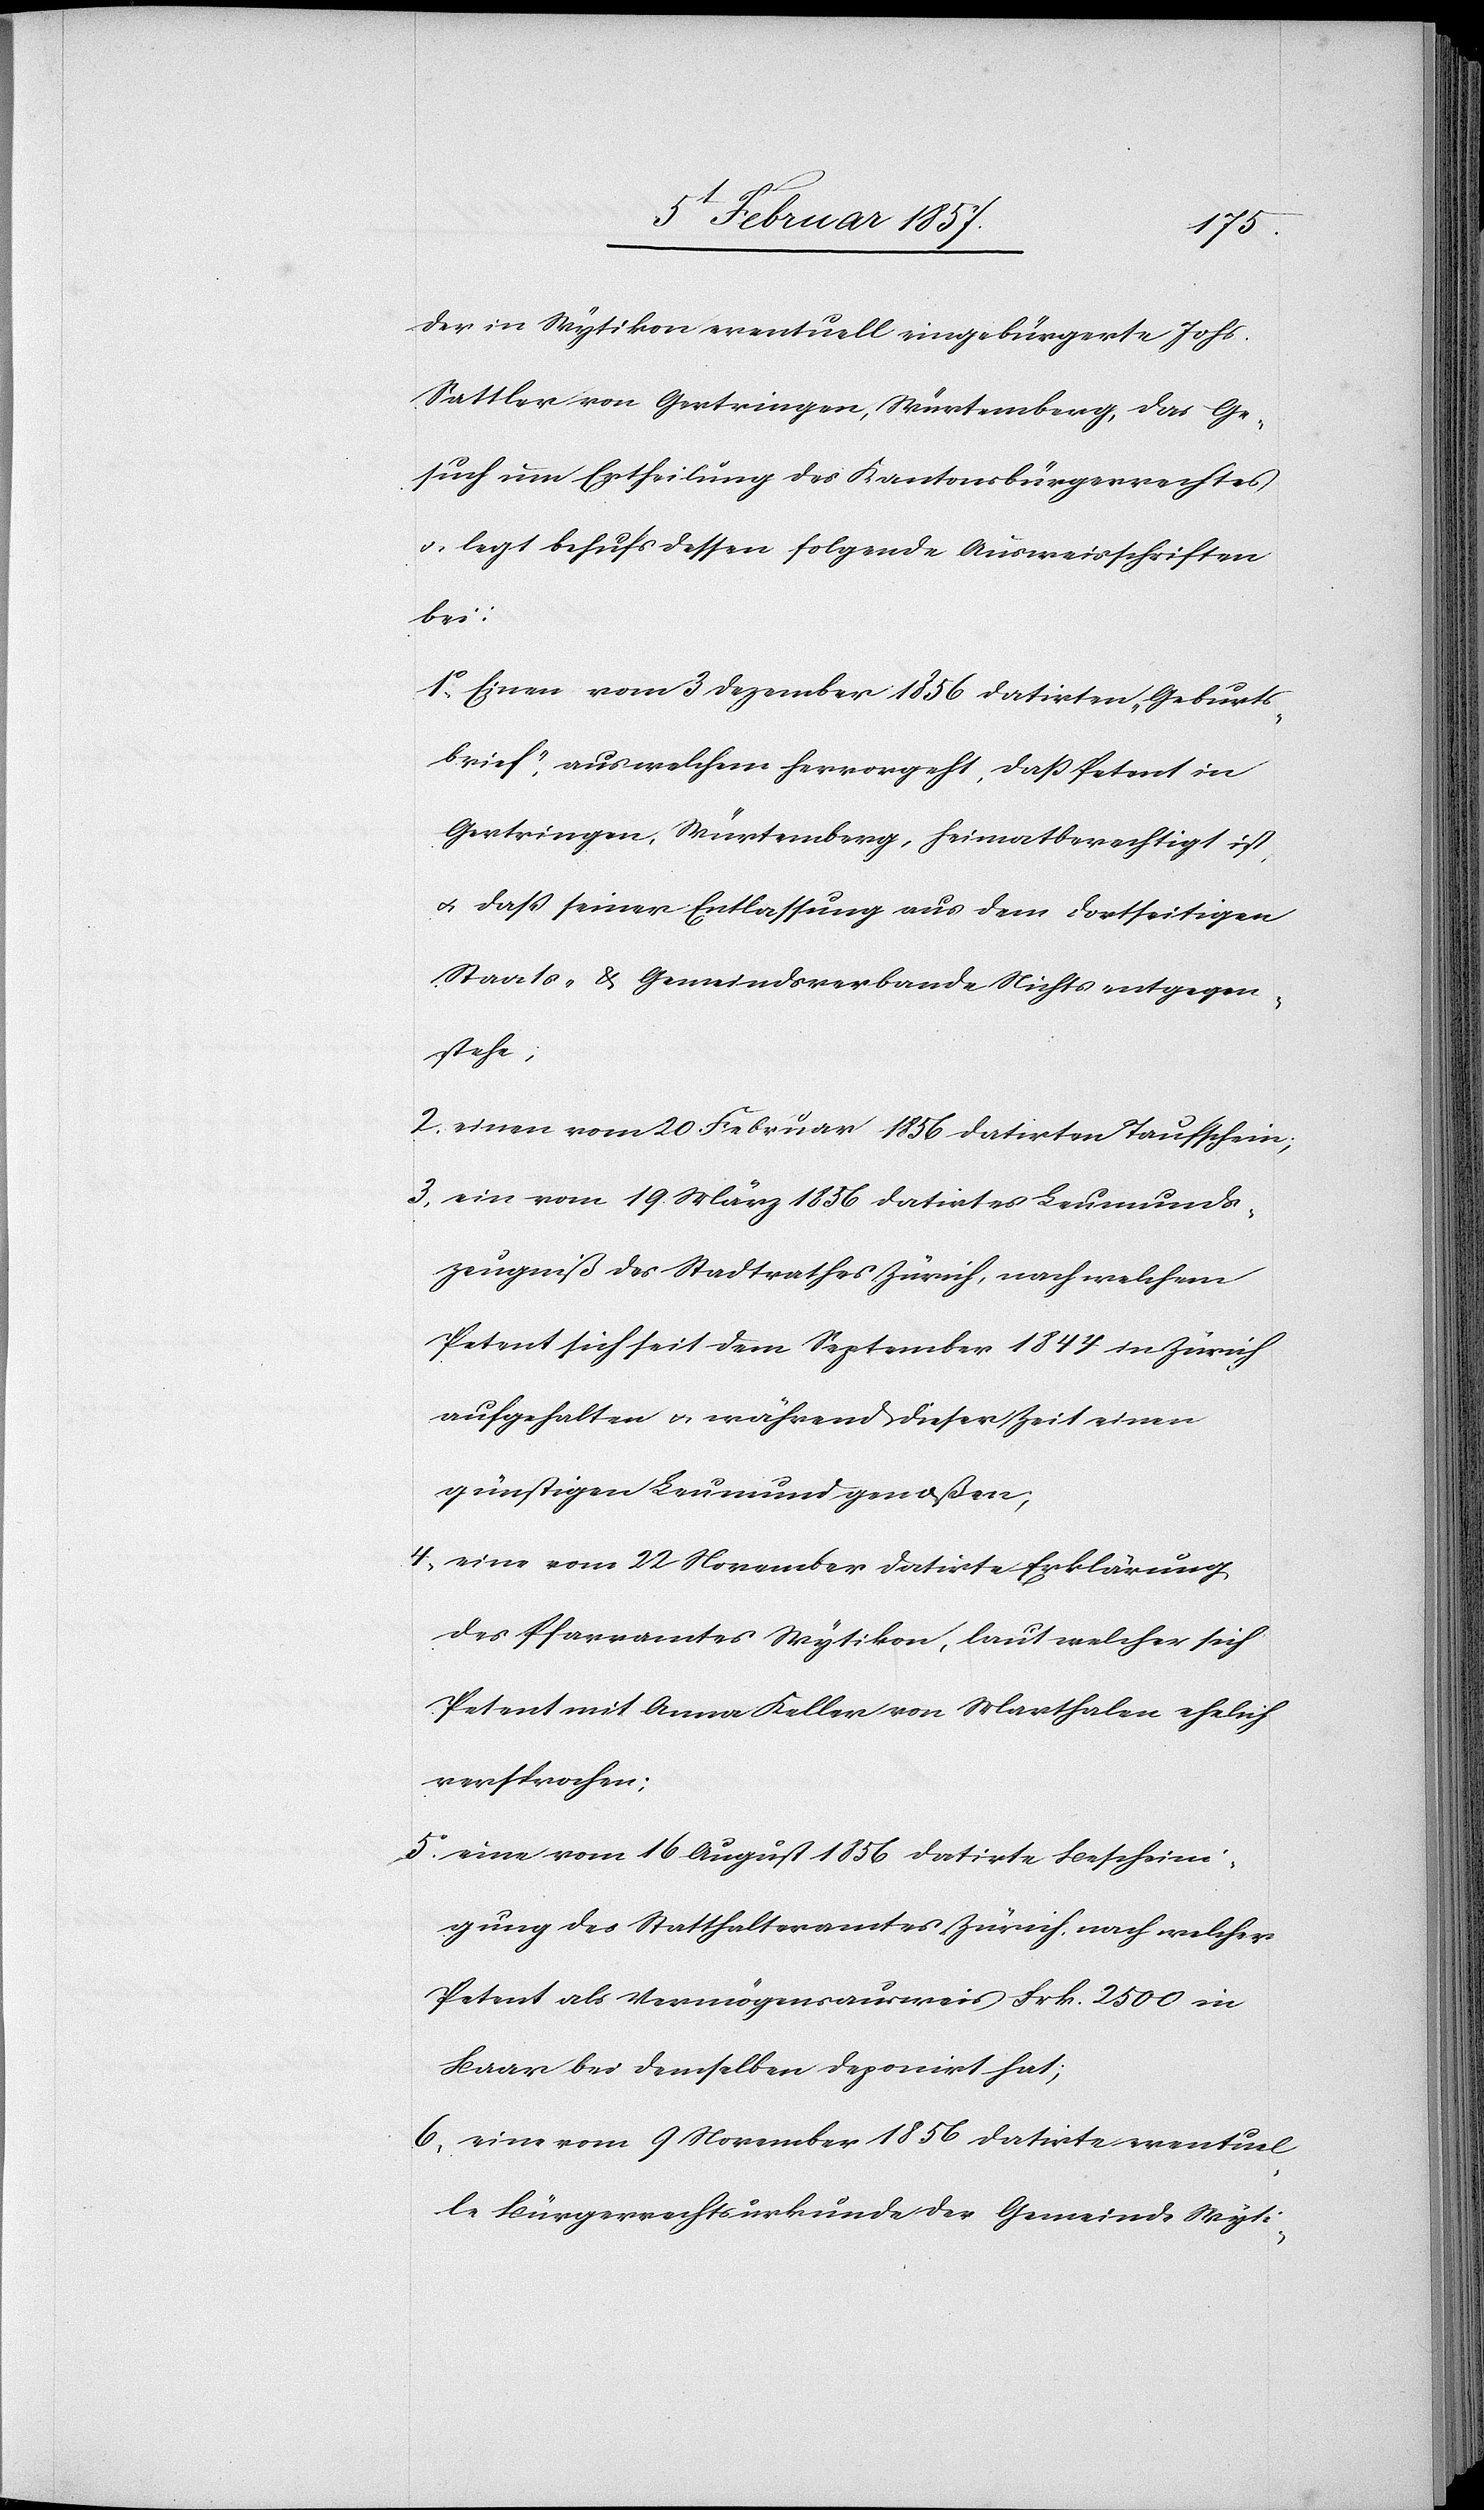
der in Wytikon eventuell eingebürgerte Johs.
Sattler von Gertringen, Würtemberg, das Ge¬
such um Ertheilung des Kantonsbürgerrechtes
u. legt behufs dessen folgende Ausweisschriften
bei:
1. Einen vom 3 Dezember1856 datirten „Geburts¬
brief“, aus welchem hervorgeht, daß Petent in
Gertringen, Würtemberg, heimatberechtigt ist
u. daß seiner Entlassung aus dem dortseitigen
Staats- & Gemeindsverbande Nichts entgegen¬
stehe;
2. einen vom 20. Februar 1856 datirten Taufschein;
3. ein vom 19. März 1856 datirtes Leumunds¬
zeugniß des Stadtrathes Zürich, nach welchem
Petent sich seit dem September 1844 in Zürich
aufgehalten & während dieser Zeit einen
günstigen Leumund genoßen;
4, eine vom 22 November datirte Erklärung
des Pfarramtes Wytikon, laut welcher sich
Petent mit Anna Keller von Marthalen ehelich
versprochen;
5. eine vom 16. August 1856 datirte Bescheini¬
gung des Statthalteramtes Zürich, nach welcher
Petent als Vermögensausweis Frk. 2500 in
Baar bei demselben deponiert hat;
6, eine vom 9 November 1856 datirte eventuel¬
le Bürgerrechtsurkunde der Gemeinte Wyti-